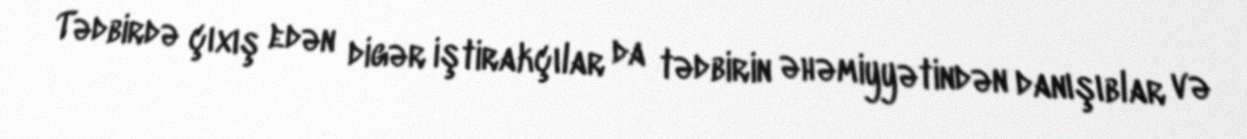
Tədbirdə çıxış edən digər iştirakçılar da tədbirin əhəmiyyətindən danışıblar və